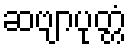
ဆဗျာပုတ္တံ